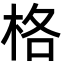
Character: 格